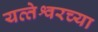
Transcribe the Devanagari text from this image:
यव्तेश्वरच्या